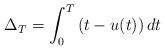
LaTeX: \begin{align*}\Delta_T= \int_{0}^{T} \left(t-u(t)\right) dt\end{align*}